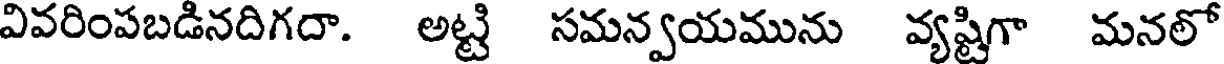
వివరింపబడినదిగదా. అట్టి సమన్వయమును వ్యష్టిగా మనలో